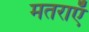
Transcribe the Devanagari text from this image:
मतराएँ